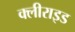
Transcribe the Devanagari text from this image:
क्लीराइड